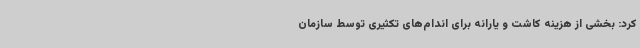
کرد: بخشی از هزینه کاشت و یارانه برای اندام‌های تکثیری توسط سازمان